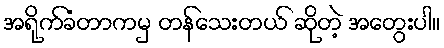
အရိုက်ခံတာကမှ တန်သေးတယ် ဆိုတဲ့ အတွေးပါ။